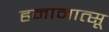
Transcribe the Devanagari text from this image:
हमामात्सू